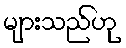
များသည်ဟု